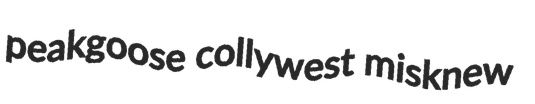
peakgoose collywest misknew